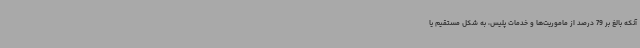
آنکه بالغ بر 79 درصد از ماموریت‌ها و خدمات پلیس، به شکل مستقیم یا